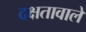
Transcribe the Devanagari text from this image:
दक्षतावाले